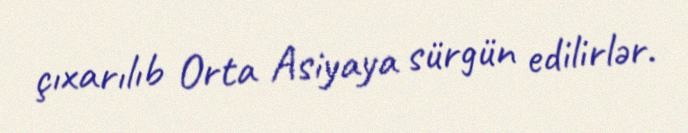
çıxarılıb Orta Asiyaya sürgün edilirlər.